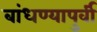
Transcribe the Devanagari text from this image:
बांधण्यापुर्वी